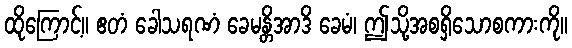
ထိုကြောင့်။ ဧတံ ခေါသရဏံ ခေမန္တိအာဒိ ခေမံ၊ ဤသို့အစရှိသောစကားကို။